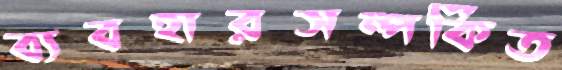
ব্যবহারসম্পর্কিত